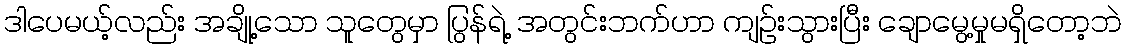
ဒါပေမယ့်လည်း အချို့သော သူတွေမှာ ပြွန်ရဲ့ အတွင်းဘက်ဟာ ကျဉ်းသွားပြီး ချောမွေ့မှုမရှိတော့ဘဲ